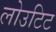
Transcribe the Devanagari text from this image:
लोउटिट